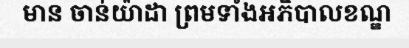
មាន ចាន់យ៉ាដា ព្រមទាំងអភិបាលខណ្ឌ